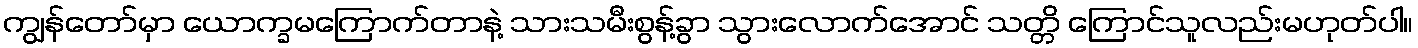
ကျွန်တော်မှာ ယောက္ခမကြောက်တာနဲ့ သားသမီးစွန့်ခွာ သွားလောက်အောင် သတ္တိ ကြောင်သူလည်းမဟုတ်ပါ။